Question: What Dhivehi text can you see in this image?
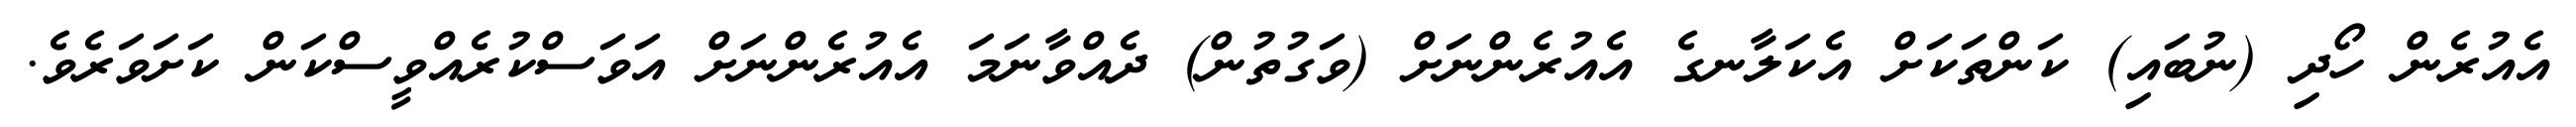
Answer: އެއުރެން ހޯދި (ނުބައި) ކަންތަކަށް އެކަލާނގެ އެއުރެންނަށް (ވަގުތުން) ދެއްވާނަމަ އެއުރެންނަށް އަވަސްކުރެއްވީސްކަން ކަށަވަރެވެ.